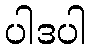
ပါဒပါ